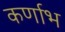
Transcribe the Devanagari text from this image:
कर्णाभ